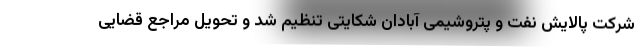
شرکت پالایش نفت و پتروشیمی آبادان شکایتی تنظیم شد و تحویل مراجع قضایی